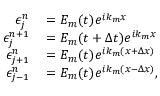
\begin{array} { r l } { \epsilon _ { j } ^ { n } } & { { } = E _ { m } ( t ) e ^ { i k _ { m } x } } \\ { \epsilon _ { j } ^ { n + 1 } } & { { } = E _ { m } ( t + \Delta t ) e ^ { i k _ { m } x } } \\ { \epsilon _ { j + 1 } ^ { n } } & { { } = E _ { m } ( t ) e ^ { i k _ { m } ( x + \Delta x ) } } \\ { \epsilon _ { j - 1 } ^ { n } } & { { } = E _ { m } ( t ) e ^ { i k _ { m } ( x - \Delta x ) } , } \end{array}